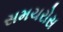
સમચરોસ